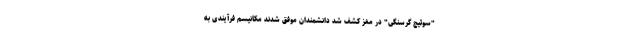
"سوئیچ گرسنگی" در مغز کشف شد دانشمندان موفق شدند مکانیسم فرآیندی به